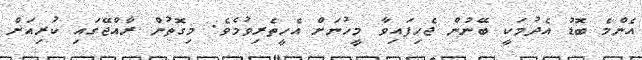
އެންމެ ބޮޑު އެދުމަކީ ބޭނުން ޖެހިފައިވާ މީހުނަށް އެހީތެރިވުމެވެ. މިގޮތުން ރާއްޖޭގައި ކުރިއަށް